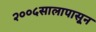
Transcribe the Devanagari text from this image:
२००५सालापासून